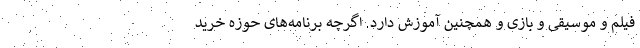
فیلم و موسیقی و بازی و همچنین آموزش دارد. اگرچه برنامه‌های حوزه خرید